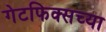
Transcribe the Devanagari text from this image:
गेटफिक्सच्या